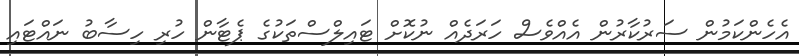
އެހެންކަމުން ސަރުކާރުން އެއްވެސް ހަރަދެއް ނުކޮށް ޓައިލްސްތަކުގެ ޕެޓާން ހުރި ހިސާބު ނައްޓައި